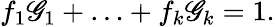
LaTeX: f_{1}\mathscr{G}_{1}+\ldots+f_{k}\mathscr{G}_{k}=1.